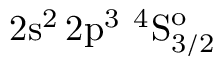
\mathrm { 2 s ^ { 2 } \, 2 p ^ { 3 } ~ ^ { 4 } S _ { 3 / 2 } ^ { o } }